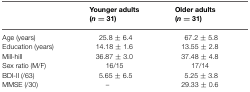
|  | Younger adults (n = 31) | Older adults (n = 31) |
 | --- | --- | --- |
 | Age (years) | 25.8 ± 6.4 | 67.2 ± 5.8 |
 | Education (years) | 14.18 ± 1.6 | 13.55 ± 2.8 |
 | Mill-hill | 36.87 ± 3.0 | 37.48 ± 4.8 |
 | Sex ratio (M/F) | 16/15 | 17/14 |
 | BDI-II (/63) | 5.65 ± 6.5 | 5.25 ± 3.8 |
 | MMSE (/30) | – | 29.33 ± 0.6 |